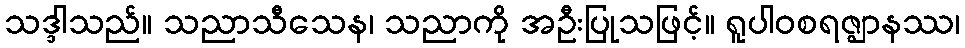
သဒ္ဒါသည်။ သညာသီသေန၊ သညာကို အဦးပြုသဖြင့်။ ရူပါဝစရဇ္ဈာနဿ၊